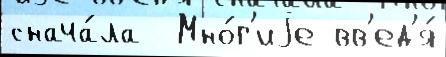
снача́ла  Мно́г'иjе вв'ед'я́